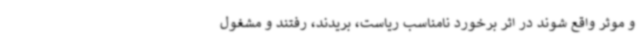
و موثر واقع شوند در اثر برخورد نامناسب ریاست، بریدند، رفتند و مشغول